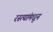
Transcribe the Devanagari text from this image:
रस्त्यांमधून